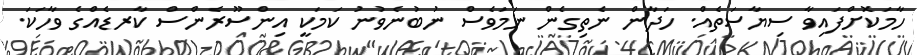
ހާމަކޮށްފައިވާ ސިޔާސަތެއް. ހަދާން ނެތިގެން ނަމަވެސް ނުބުނެވުނު ކަމަކީ އިންސޫރެންސް ކާރޑެއްގެ ވާހަކަ.